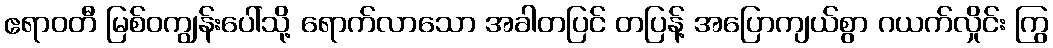
ဧရာဝတီ မြစ်ဝကျွန်းပေါ်သို့ ရောက်လာသော အခါတပြင် တပြန့် အပြောကျယ်စွာ ဂယက်လှိုင်း ကြွ